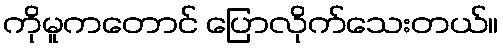
ကိုမူကတောင် ပြောလိုက်သေးတယ်။